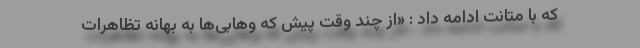
که با متانت ادامه داد : «از چند وقت پیش که وهابی‌ها به بهانه تظاهرات